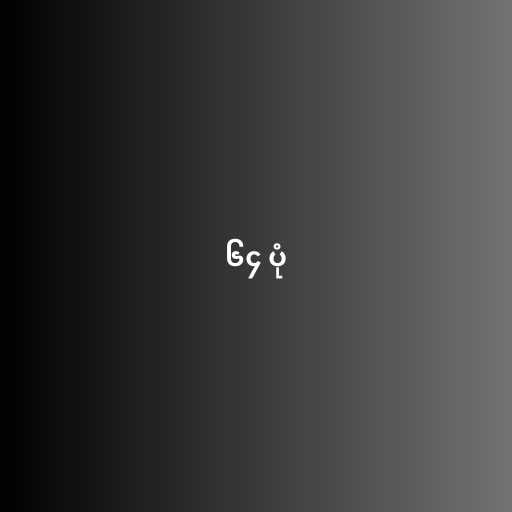
၆၄ ပုံ